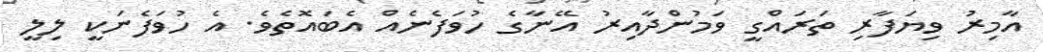
އާމިރު ވިޔަފާރި ތަރައްގީ ވަމުންދާއިރު އޭނާގެ ހުވަފެނެއް އެބައޮތެވެ. އެ ހުވަފެނަކީ ލިލީ